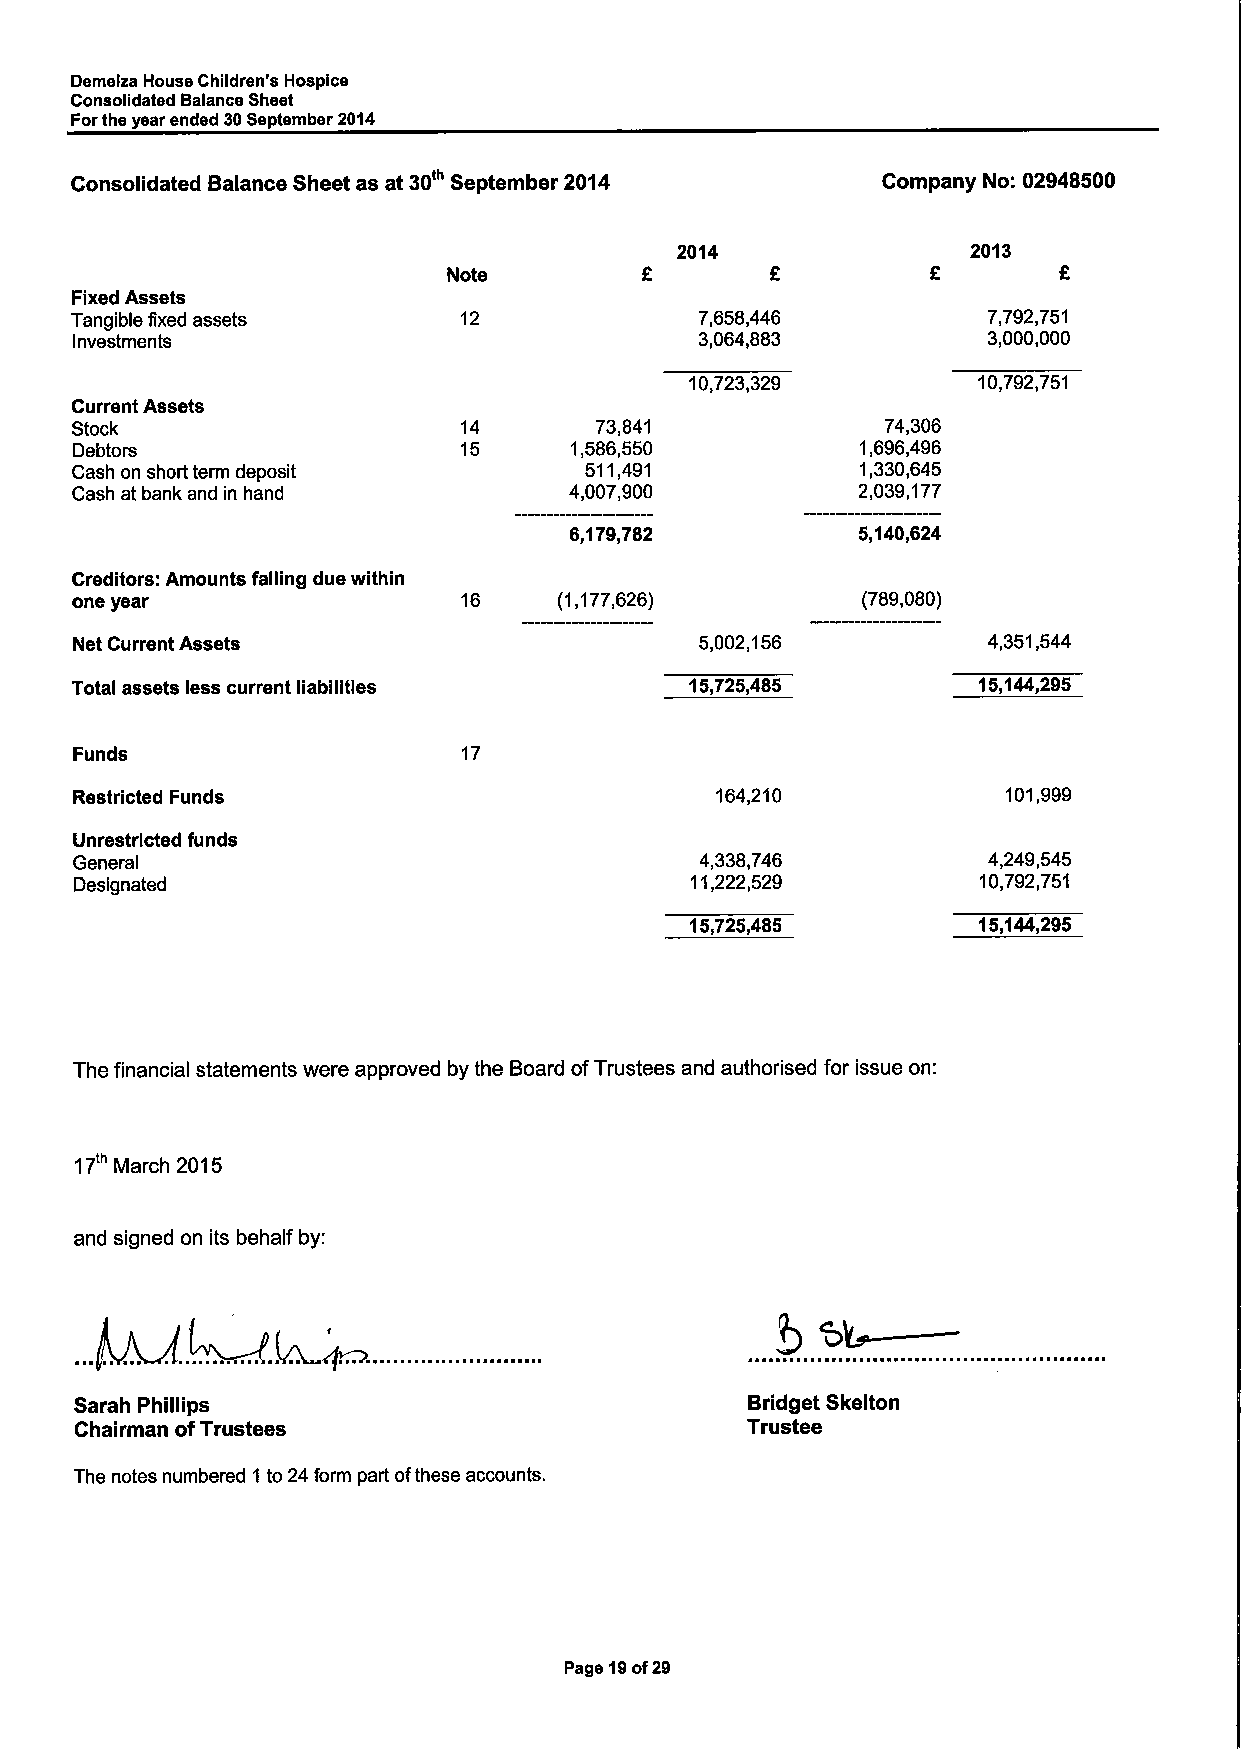
Demelza House Children's Hospice
 Consolidated Balance Sheet
 Forthe year ended 30September 2014
 Consolidated Balance Sheet as at 30' September 2014  Company No: 02948500
 2014               2013
 Note
 Fixed Assets
 Tangible fixed assets    12              7,658,446          7,792,751
 Investments                              3,064,883          3,000,000
 10,723,329         10,792,751
 Current Assets
 Stock                     14      73,841              74,306
 Debtors                  15      1,586,550          1,696,496
 Cash on short term deposit        511,491           1,330,645
 Cash at bank and in hand         4,007,900          2,039,177
 6,179,782          5,140,624
 Creditors: Amounts falling due within
 one year                  16    (1,177,626)         (789,080)
 Net Current Assets                       5,002,156          4,351,544
 Total assets less current liabilities    15,725,485         15,144,295
 Funds                     17
 Restricted Funds                          164,210             101,999
 Unrestricted funds
 General                                  4,338,746          4,249,545
 Designated                               11,222,529         10,792,751
 15,725,485         15,144,295
 The financial statements were approved by the Board ofTrustees and authorised for issue on:
 17'" March 2015
 and signed on its behalf by:
 Sarah Phillips                              Bridget Skelton
 Chairman ofTrustees                         Trustee
 The notes numbered 1 to 24form part ofthese accounts.
 Page 19of29